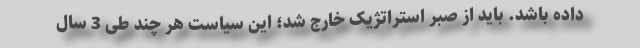
داده باشد. باید از صبر استراتژیک خارج شد؛ این سیاست هر چند طی 3 سال